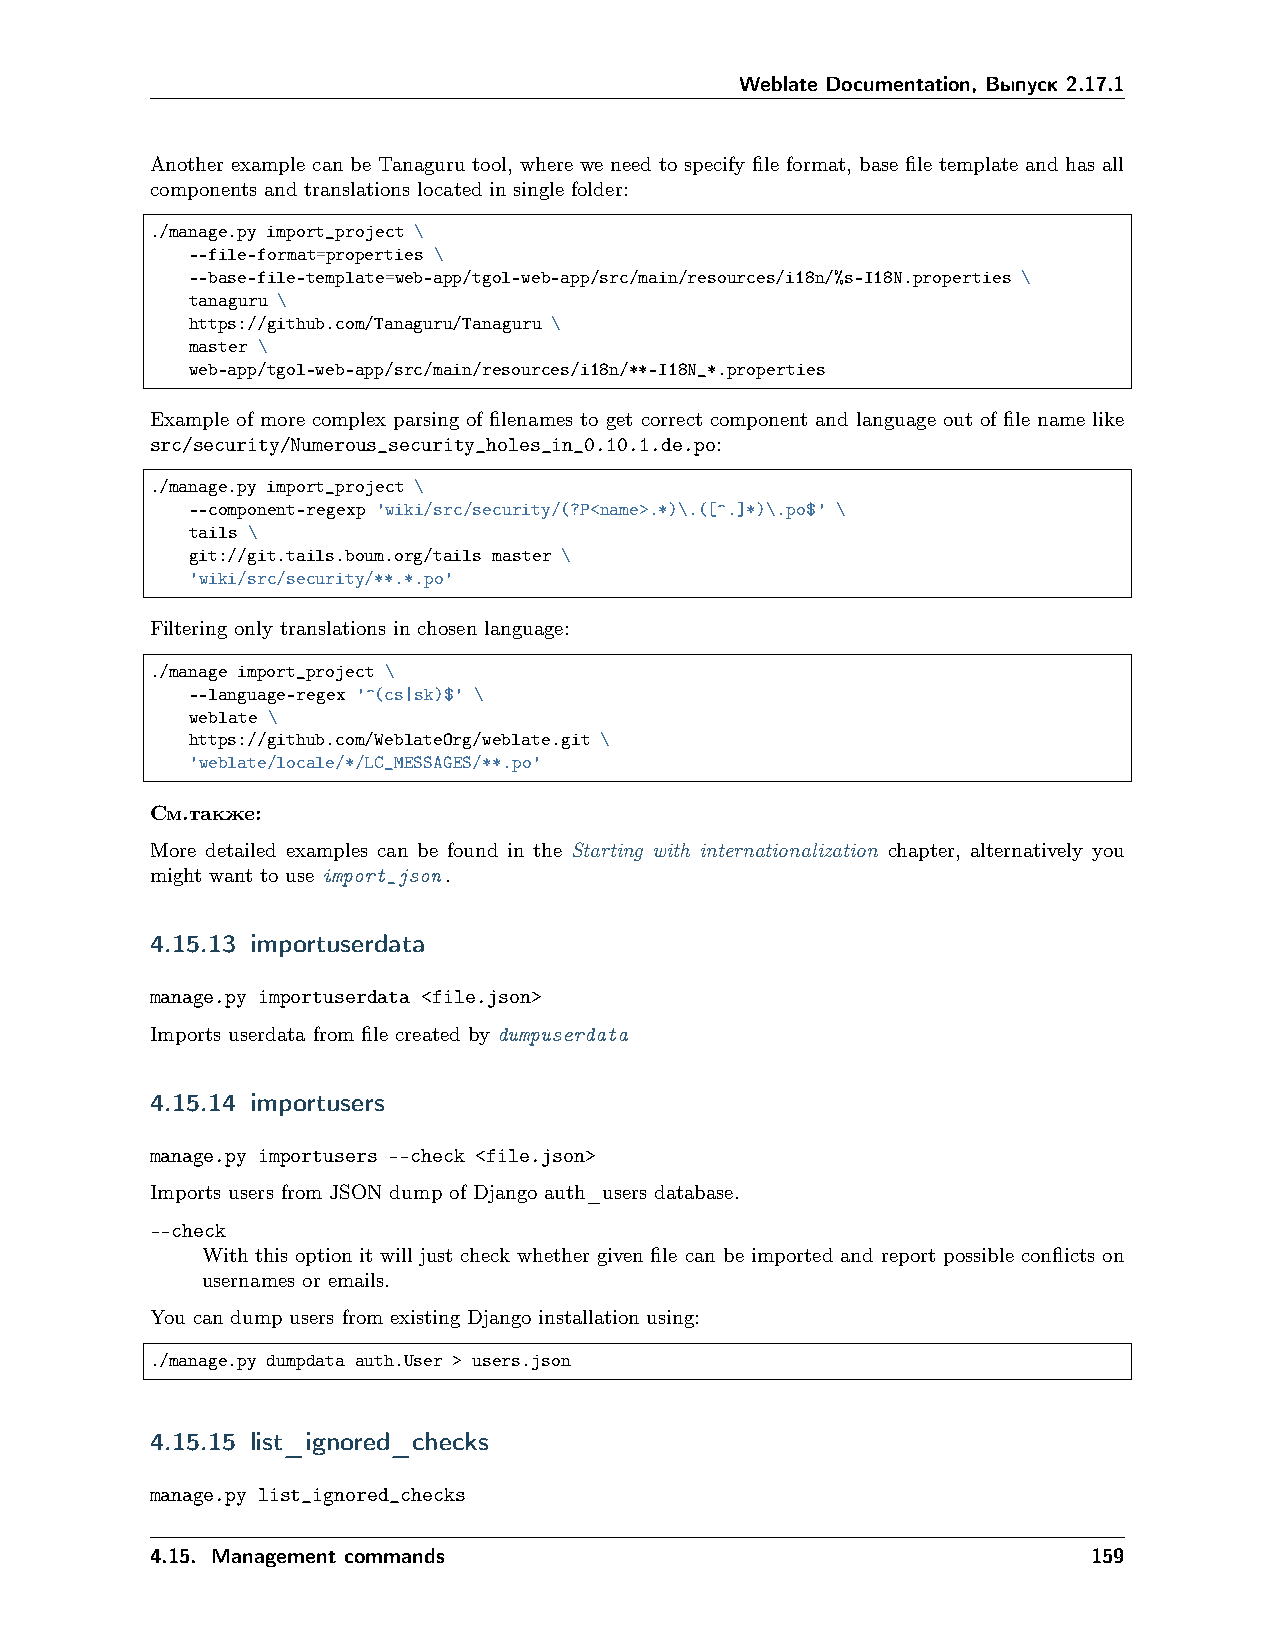
Weblate Documentation, Выпуск 2.17.1
 Another example can be Tanaguru tool, where we need to specify file format, base file template and has all
 components and translations located in single folder:
 ./manage.py import_project \
 --file-format=properties \
 --base-file-template=web-app/tgol-web-app/src/main/resources/i18n/%s-I18N.properties \
 tanaguru \
 https://github.com/Tanaguru/Tanaguru \
 master \
 web-app/tgol-web-app/src/main/resources/i18n/**-I18N_*.properties
 Example of more complex parsing of filenames to get correct component and language out of file name like
 src/security/Numerous_security_holes_in_0.10.1.de.po:
 ./manage.py import_project \
 --component-regexp 'wiki/src/security/(?P<name>.*)\.([^.]*)\.po$' \
 tails \
 git://git.tails.boum.org/tails master \
 'wiki/src/security/**.*.po'
 Filtering only translations in chosen language:
 ./manage import_project \
 --language-regex '^(cs|sk)$' \
 weblate \
 https://github.com/WeblateOrg/weblate.git \
 'weblate/locale/*/LC_MESSAGES/**.po'
 См.также:
 More detailed examples can be found in the Starting with internationalization chapter, alternatively you
 might want to use import_json.
 4.15.13 importuserdata
 manage.py importuserdata <file.json>
 Imports userdata from file created by dumpuserdata
 4.15.14 importusers
 manage.py importusers --check <file.json>
 Imports users from JSON dump of Django auth_users database.
 --check
 With this option it will just check whether given file can be imported and report possible conflicts on
 usernames or emails.
 You can dump users from existing Django installation using:
 ./manage.py dumpdata auth.User > users.json
 4.15.15 list_ignored_checks
 manage.py list_ignored_checks
 4.15. Management commands                                     159